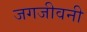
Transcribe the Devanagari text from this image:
जगजीवनी